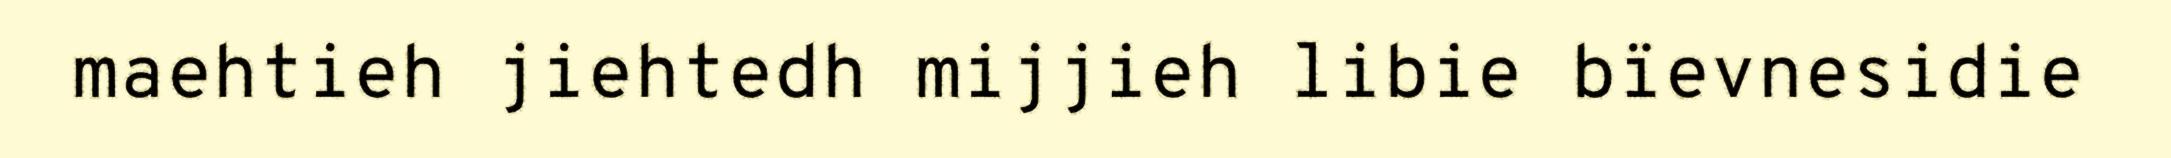
maehtieh jiehtedh mijjieh libie bïevnesidie